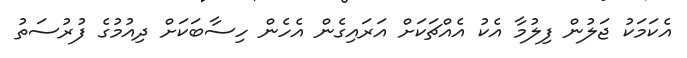
އެކަމަކު ޖަލުން ފިލުމާ އެކު އެއްޗަކަށް އަރައިގެން އެހެން ހިސާބަކަށް ދިއުމުގެ ފުރުސަތު